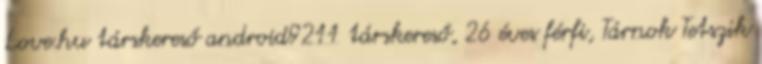
Love.hu társkereső android9211 társkereső, 26 éves férfi, Tárnok Tetszik